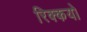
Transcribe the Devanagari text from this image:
रिक्कयो